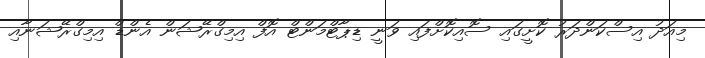
މިއަދު އިސްކަންދަރު ކޮށީގައި ސޮއިކޮށްފައި ވަނީ ޑިޕާޓްމަންޓް އޮފް އިިމިގްރޭޝަން އެންޑް އިމިގްރޭޝަނާއި